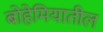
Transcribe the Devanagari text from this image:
बोहेमियातील